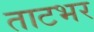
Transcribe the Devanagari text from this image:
ताटभर